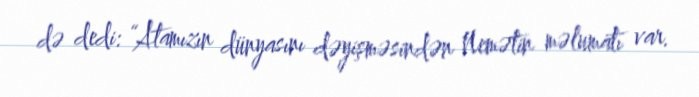
də dedi: “Atamızın dünyasını dəyişməsindən Nemətin məlumatı var.